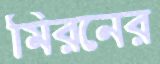
মিরনের